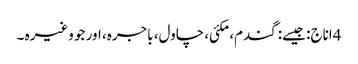
4اناج: جیسے: گندم، مکئی، چاول، باجرہ، اور جو وغیرہ ۔